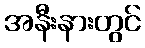
အနီးနားတွင်